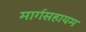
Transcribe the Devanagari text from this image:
मार्गसहायम